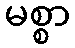
မစ္စာ